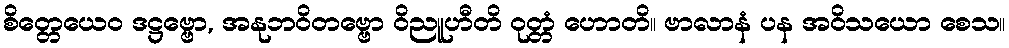
စိတ္တေယေဝ ဒဋ္ဌဗ္ဗော, အနုဘဝိတဗ္ဗော ဝိညူဟီတိ ဝုတ္တံ ဟောတိ။ ဗာလာနံ ပန အဝိသယော စေသ။